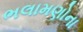
ભલામણોના